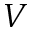
V